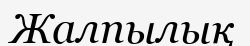
Жалпылық